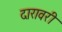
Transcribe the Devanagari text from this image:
दारावरी